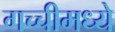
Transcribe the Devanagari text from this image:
गच्चीमध्ये